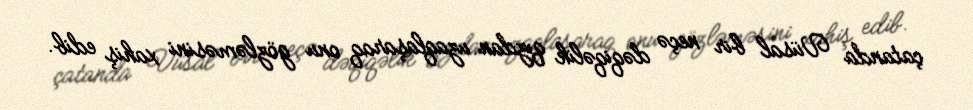
çatanda Vüsal bir neçə dəqiqəlik qızdan uzaqlaşaraq onu gözləməsini xahiş edib.